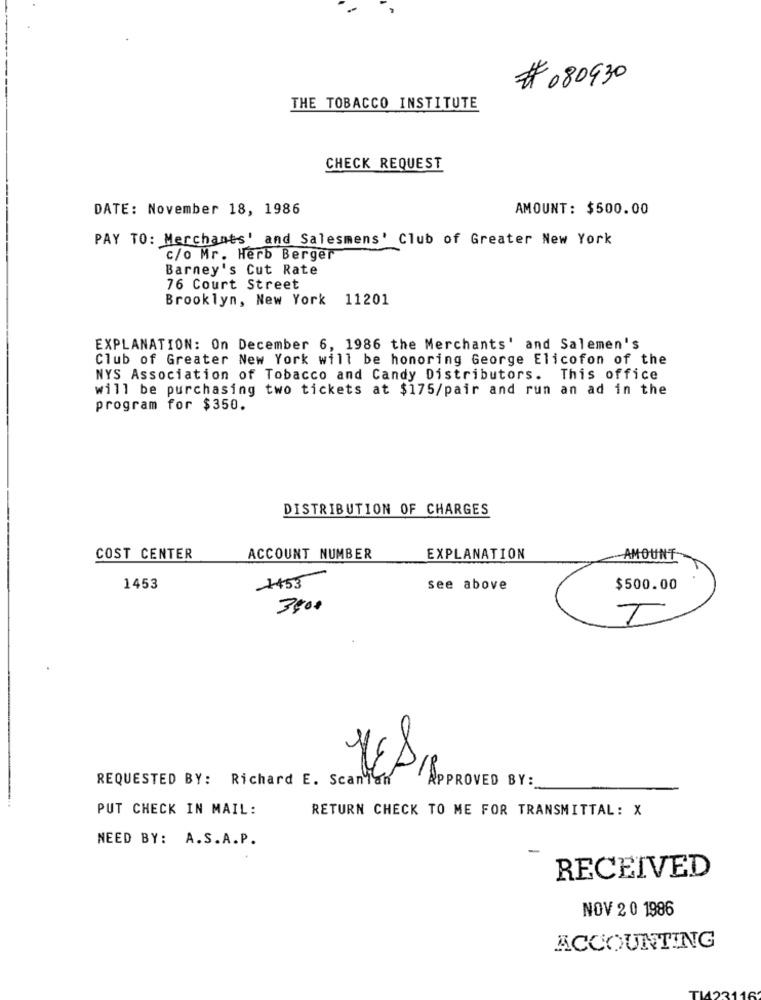
# 080930
THE TOBACCO INSTITUTE
CHECK REQUEST
DATE: November 18, 1986
AMOUNT: $500.00
PAY TO: Merchants' and Salesmens' Club of Greater New York
c/o Mr. Herb Berger
Barney's Cut Rate
76 Court Street
Brooklyn, New York 11201
EXPLANATION: On December 6, 1986 the Merchants' and Salemen's
Club of Greater New York will be honoring George Elicofon of the
NYS Association of Tobacco and Candy Distributors. This office
will be purchasing two tickets at $175/pair and run an ad in the
program for $350.
DISTRIBUTION OF CHARGES
COST CENTER
ACCOUNT NUMBER
EXPLANATION
AMOUNT
1453
1453
see above
$500.00
3500
YES,
REQUESTED BY: Richard E. Scanlan
PROVED BY:
PUT CHECK IN MAIL:
RETURN CHECK TO ME FOR TRANSMITTAL: X
NEED BY: A.S.A.P.
RECEIVED
NOV 2 0 1986
ACCOUNTING